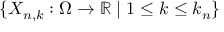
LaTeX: \{ X _ { n , k } : \Omega \to \mathbb { R } \mid 1 \leq k \leq k _ { n } \}